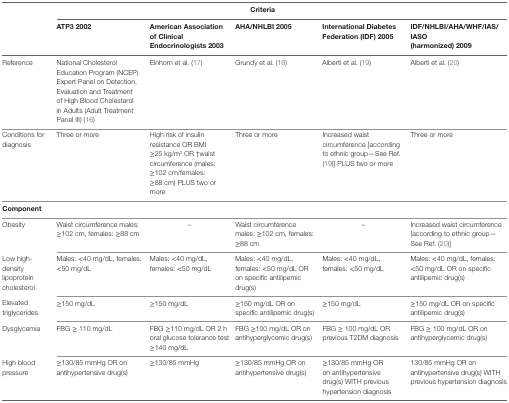
<table><thead><tr><td rowspan="2"></td><td colspan="5"><b>Criteria</b></td></tr><tr><td><b>ATP3 2002</b></td><td><b>American Association of Clinical Endocrinologists 2003</b></td><td><b>AHA/NHLBI 2005</b></td><td><b>International Diabetes Federation (IDF) 2005</b></td><td><b>IDF/NHLBI/AHA/WHF/IAS/IASO(harmonized) 2009</b></td></tr></thead><tbody><tr><td>Reference</td><td>National Cholesterol Education Program (NCEP) Expert Panel on Detection, Evaluation and Treatment of High Blood Cholesterol in Adults (Adult Treatment Panel III) (16)</td><td>Einhorn et al. (17)</td><td>Grundy et al. (18)</td><td>Alberti et al. (19)</td><td>Alberti et al. (20)</td></tr><tr><td>Conditions for diagnosis</td><td>Three or more</td><td>High risk of insulin resistance OR BMI ≥25 kg/m<sup>2</sup> OR ↑waist circumference (males: ≥102 cm/females: ≥88 cm) PLUS two or more</td><td>Three or more</td><td>Increased waist circumference [according to ethnic group—See Ref. (19)] PLUS two or more</td><td>Three or more</td></tr><tr><td colspan="6"><b>Component</b></td></tr><tr><td>Obesity</td><td>Waist circumference males: ≥102 cm, females: ≥88 cm</td><td>–</td><td>Waist circumference males: ≥102 cm, females: ≥88 cm</td><td>–</td><td>Increased waist circumference [according to ethnic group—See Ref. (20)]</td></tr><tr><td>Low high-density lipoprotein cholesterol</td><td>Males: &lt;40 mg/dL, females: &lt;50 mg/dL</td><td>Males: &lt;40 mg/dL, females: &lt;50 mg/dL</td><td>Males: &lt;40 mg/dL, females: &lt;50 mg/dL OR on specific antilipemic drug(s)</td><td>Males: &lt;40 mg/dL, females: &lt;50 mg/dL</td><td>Males: &lt;40 mg/dL, females: &lt;50 mg/dL OR on specific antilipemic drug(s)</td></tr><tr><td>Elevated triglycerides</td><td>≥150 mg/dL</td><td>≥150 mg/dL</td><td>≥150 mg/dL OR on specific antilipemic drug(s)</td><td>≥150 mg/dL</td><td>≥150 mg/dL OR on specific antilipemic drug(s)</td></tr><tr><td>Dysglycemia</td><td>FBG ≥ 110 mg/dL</td><td>FBG ≥110 mg/dL OR 2 h oral glucose tolerance test ≥140 mg/dL</td><td>FBG ≥100 mg/dL OR on antihyperglycemic drug(s)</td><td>FBG ≥ 100 mg/dL OR previous T2DM diagnosis</td><td>FBG ≥ 100 mg/dL OR on antihyperglycemic drug(s)</td></tr><tr><td>High blood pressure</td><td>≥130/85 mmHg OR on antihypertensive drug(s)</td><td>≥130/85 mmHg</td><td>≥130/85 mmHg OR on antihypertensive drug(s)</td><td>≥130/85 mmHg OR on antihypertensive drug(s) WITH previous hypertension diagnosis</td><td>130/85 mmHg OR on antihypertensive drug(s) WITH previous hypertension diagnosis</td></tr></tbody></table>